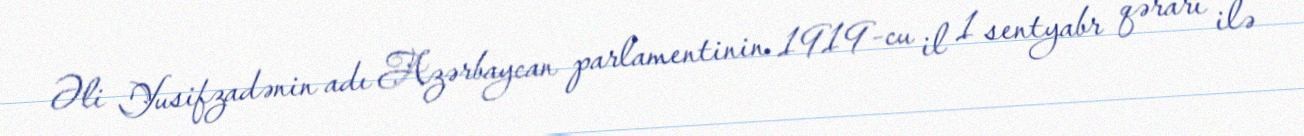
Əli Yusifzadənin adı Azərbaycan parlamentinin 1919-cu il 1 sentyabr qərarı ilə